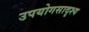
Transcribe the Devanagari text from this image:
उपयोगसादृश्य